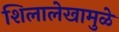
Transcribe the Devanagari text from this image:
शिलालेखामुळे